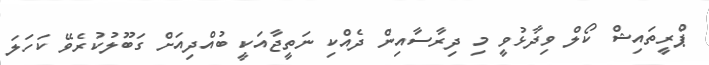
ޕްރީތައިޝް ކޯލް ވިދާޅުވީ މި ދިރާސާއިން ދެއްކި ނަތީޖާއަކީ ބުއްދިއަށް ގަބޫލުކުރެވޭ ކަހަލަ